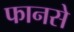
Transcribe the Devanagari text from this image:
फानसे